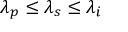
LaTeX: \lambda _ { p } \leq \lambda _ { s } \leq \lambda _ { i }